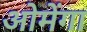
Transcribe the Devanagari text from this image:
ओमेंगा